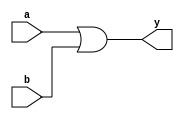
module or1 (input a, input b, output y);
    //same as w/ the and this is basically just for consistencies sake
    or(y, a,b);

endmodule